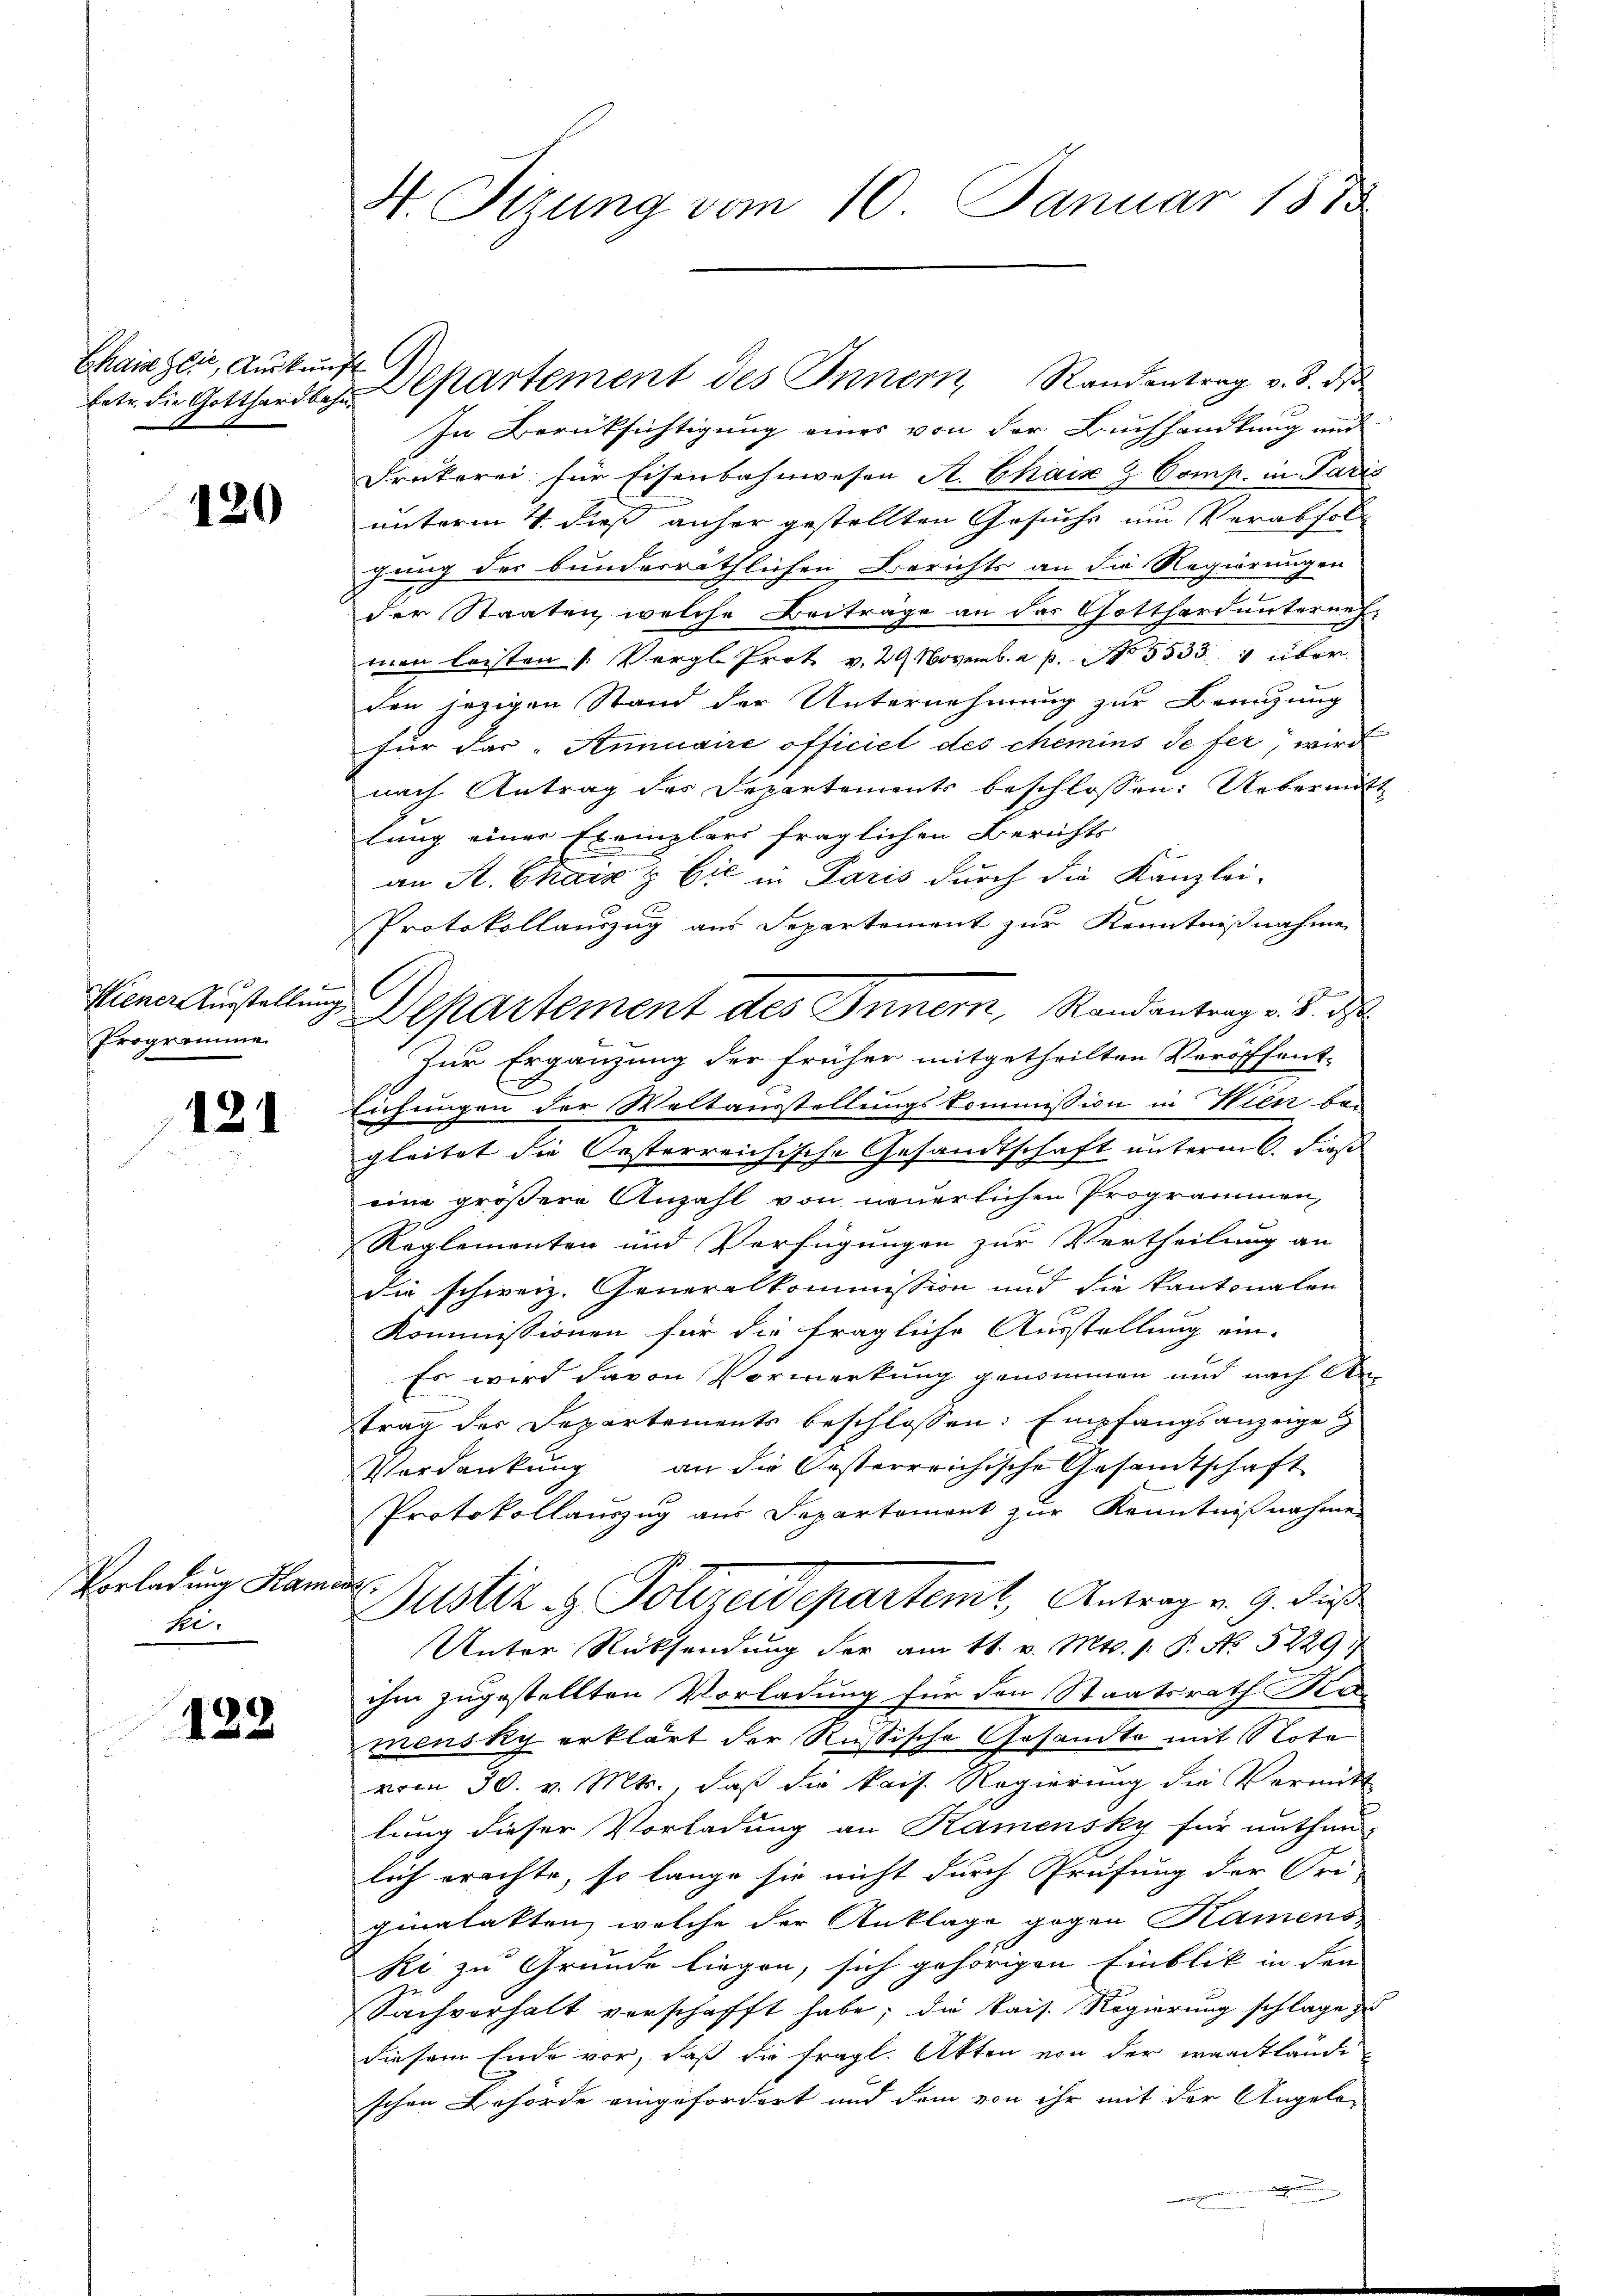
Chaisglie, Auskunft

120

Programme

121

Vorladung Kam
he.

122

H. Sitzung vom 10. Januar 1873.

In Berüksichtigung eines von der Buchhandlung und
Drukerei für Eisenbahnwesen A. Chaiz & Comp. in Paris
unterm 4. dieß anher gestellten Gesuchs um Verabfolgung des bunderräthlichen Berichts an die Regierungen
der Staaten, welche Beiträge an der Gotthard unternehman leisten /: Vergl. Trotz v. 29 Novemb. 2 p. 55331 über
den jezigen Stand der Unternehmung zur Benuzung
für das „Aminaire officiel des chemins de fer, wird
nach Antrag des Departements beschlossen: Uebermitt
lung einer Exemplars fraglichen Berichts
an A. Chaiz & Cie in Paris durch die Kanzlei-
Protokollauszug aus Departement zur Kenntnißnahme
Hiener Ausstellung Departement des Innern, Randantrag v. 8. d
Zur Ergänzung der früher mitgetheilten Veröffent-
Eichungen der Weltausstellungskommission in Wien be-
gleitet die Oesterreichische Gesandtschaft unterm 6. dieß
eine größere Anzahl von neuerlichen Programmen,
Reglementen und Verfügungen zur Vertheilung an
die schweiz. Generalkommission und die kantonalen
Kommissionen für die fragliche Ausstellung ein-
Es wird davon Vormerkung genommen und nach Antrag der Departements beschlossen: Empfangsanzeige
Verdankŭng an die Oesterreichische Gesamtschaft
Protokollauszug aus Departemont zur Kenntnißnahme
an
Justiz & Polizeidepartemt, Antrag v. 9. dieß
Unter Rücksendung der am 11. v. Mts. 1. P. No 5229.
ihm zugestellten Vorladung für den Staatsrath Ka
mensky erklärt der Rußische Gesandte mit Note
vom 30. v. Mts., daß die kais. Regierung die Vermitt
lung dieser Vorladung an Ramensky für unthun-
lich erachte, so lange sie nicht durch Preifung der Fri-
ginalakten, welche der Anklage gegen Kamens
ki zu Grunde liegen, sich gehörigen Einblik in den
Sachverhalt verschafft habe; die kais. Regierung schlage z
diesem Ende vor, daß die fragl. Akten von der waadtlände
schen Behörde eingefordert und dem von ihr mit der Angela-
e

C

betr. die Gottharden Departement des Innern Randantrag v. 8. dβ